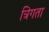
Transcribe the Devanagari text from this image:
त्रिगता